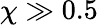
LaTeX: \chi\gg 0.5